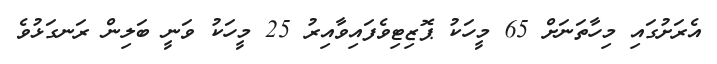
އެރަށުގައި މިހާތަނަށް 65 މީހަކު ޕޮޒިޓިވެފައިވާއިރު 25 މީހަކު ވަނީ ބަލިން ރަނގަޅުވެ